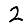
Digit: 2